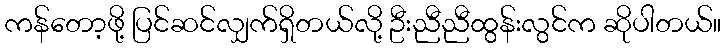
ကန်တော့ဖို့ ပြင်ဆင်လျှက်ရှိတယ်လို့ ဦးညီညီထွန်းလွင်က ဆိုပါတယ်။